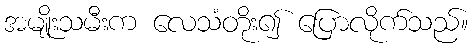
အမျိုးသမီးက လေသံတိုး၍ ပြောလိုက်သည်။